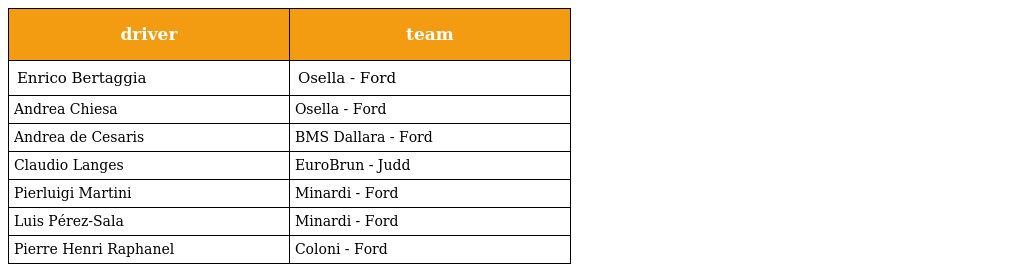
| driver | team |
 | --- | --- |
 | Enrico Bertaggia | Osella - Ford |
 | Andrea Chiesa | Osella - Ford |
 | Andrea de Cesaris | BMS Dallara - Ford |
 | Claudio Langes | EuroBrun - Judd |
 | Pierluigi Martini | Minardi - Ford |
 | Luis Pérez-Sala | Minardi - Ford |
 | Pierre Henri Raphanel | Coloni - Ford |